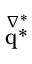
\stackrel { \nabla ^ { * } } { \boldsymbol { \mathrm { q } } ^ { * } }